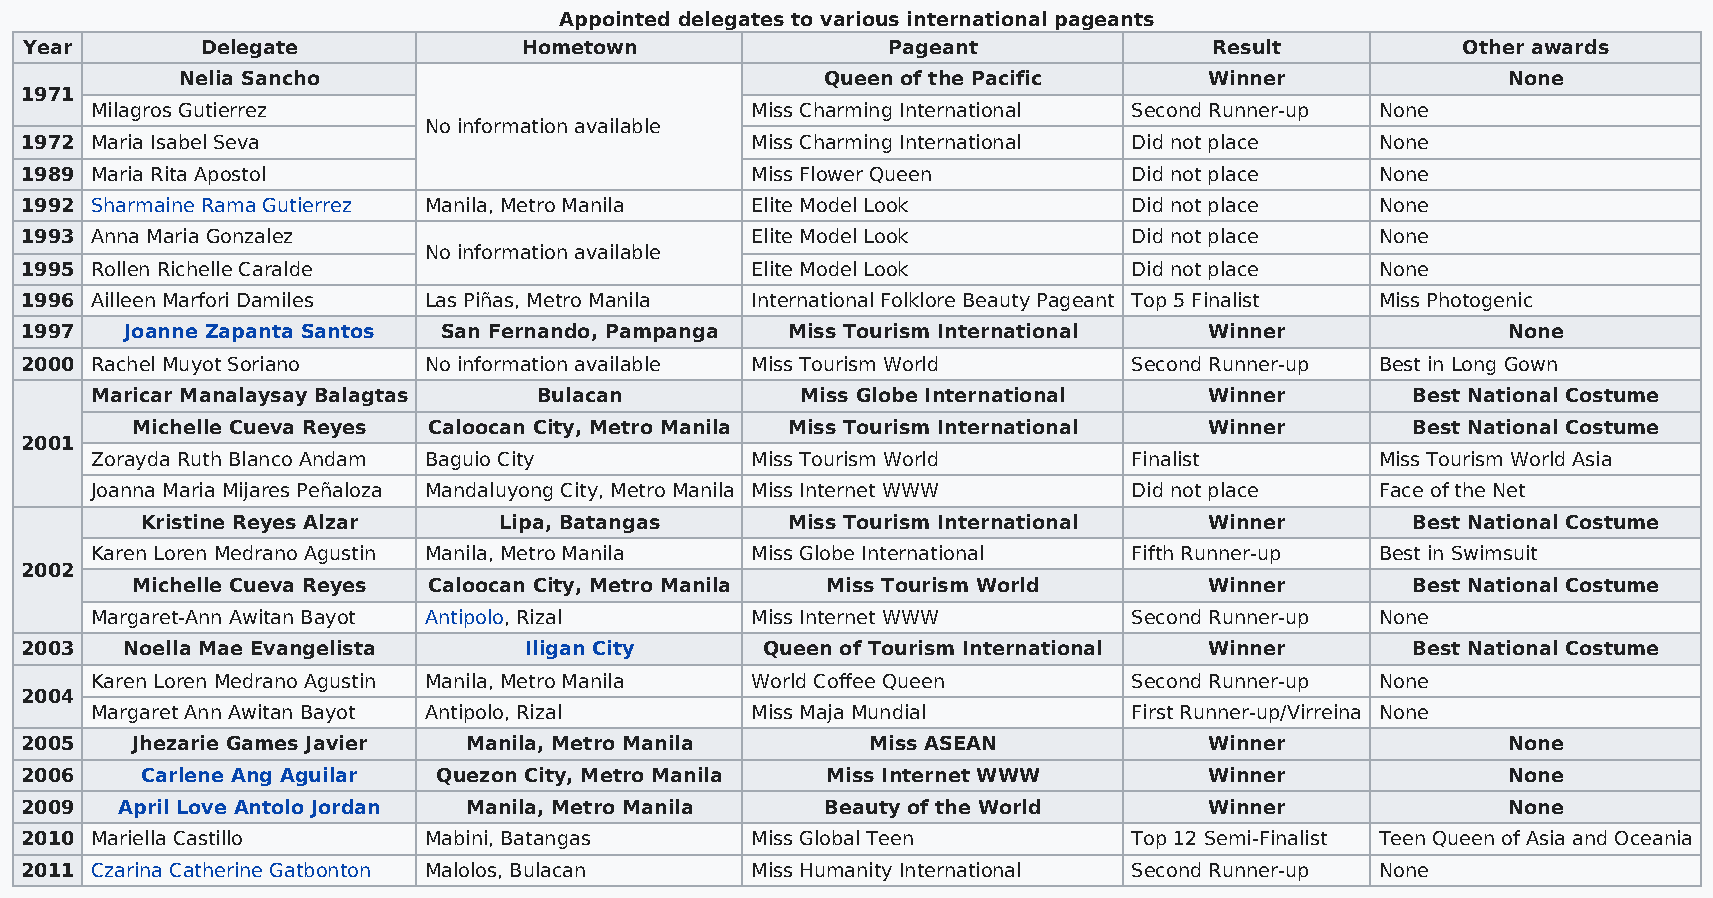
Appointed delegates to various international pageants
 Year       Delegate              Hometown                Pageant              Result           Other awards
 Nelia Sancho                               Queen of the Pacific     Winner              None
 1971
 Milagros Gutierrez                          Miss Charming International Second Runner-up None
 No information available
 1972 Maria Isabel Seva                           Miss Charming International Did not place None
 1989 Maria Rita Apostol                          Miss Flower Queen        Did not place   None
 1992 Sharmaine Rama Gutierrez Manila, Metro Manila Elite Model Look       Did not place   None
 1993 Anna Maria Gonzalez                         Elite Model Look         Did not place   None
 No information available
 1995 Rollen Richelle Caralde                     Elite Model Look         Did not place   None
 1996 Ailleen Marfori Damiles Las Piñas, Metro Manila International Folklore Beauty Pageant Top 5 Finalist Miss Photogenic
 1997   Joanne Zapanta Santos San Fernando, Pampanga Miss Tourism International Winner              None
 2000 Rachel Muyot Soriano  No information available Miss Tourism World    Second Runner-up Best in Long Gown
 Maricar Manalaysay Balagtas   Bulacan          Miss Globe International   Winner       Best National Costume
 Michelle Cueva Reyes Caloocan City, Metro Manila Miss Tourism International Winner  Best National Costume
 2001
 Zorayda Ruth Blanco Andam Baguio City       Miss Tourism World       Finalist        Miss Tourism World Asia
 Joanna Maria Mijares Peñaloza Mandaluyong City, Metro Manila Miss Internet WWW Did not place Face of the Net
 Kristine Reyes Alzar    Lipa, Batangas     Miss Tourism International  Winner       Best National Costume
 Karen Loren Medrano Agustin Manila, Metro Manila Miss Globe International Fifth Runner-up Best in Swimsuit
 2002
 Michelle Cueva Reyes Caloocan City, Metro Manila Miss Tourism World    Winner       Best National Costume
 Margaret-Ann Awitan Bayot Antipolo, Rizal   Miss Internet WWW        Second Runner-up None
 2003   Noella Mae Evangelista     Iligan City     Queen of Tourism International Winner     Best National Costume
 Karen Loren Medrano Agustin Manila, Metro Manila World Coffee Queen  Second Runner-up None
 2004
 Margaret Ann Awitan Bayot Antipolo, Rizal   Miss Maja Mundial        First Runner-up/Virreina None
 2005    Jhezarie Games Javier Manila, Metro Manila       Miss ASEAN            Winner              None
 2006    Carlene Ang Aguilar Quezon City, Metro Manila Miss Internet WWW        Winner              None
 2009   April Love Antolo Jordan Manila, Metro Manila  Beauty of the World      Winner              None
 2010 Mariella Castillo     Mabini, Batangas      Miss Global Teen         Top 12 Semi-Finalist Teen Queen of Asia and Oceania
 2011 Czarina Catherine Gatbonton Malolos, Bulacan Miss Humanity International Second Runner-up None